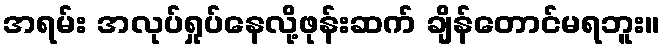
အရမ်း အလုပ်ရှုပ်နေလို့ဖုန်းဆက် ချိန်တောင်မရဘူး။